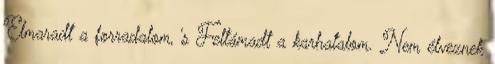
Elmaradt a forradalom, 's Feltámadt a karhatalom. Nem élveznek